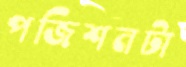
পজিশনটা